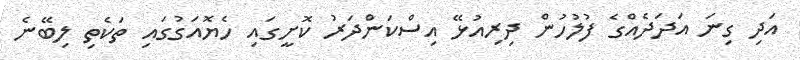
އަދި ގިނަ އަދަދެއްގެ ފުލުހުން ދިރިއުޅޭ އިސްކަންދަރު ކޮށީގައި ހެޔޮއަގުގައި ތަކެތި ލިބޭނެ